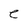
Character: e